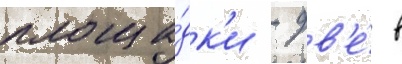
площа́дк'и - дв'е́ в